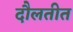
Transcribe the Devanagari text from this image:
दौलतीत